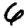
Digit: 6